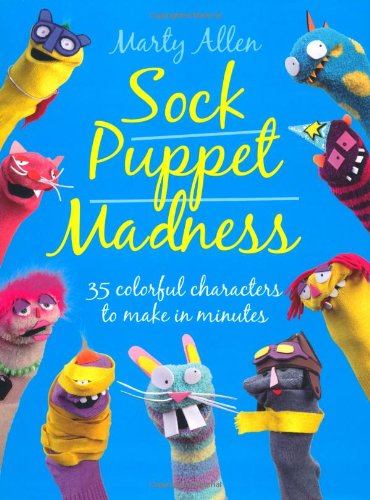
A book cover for Sock Puppet Madness; Marty Allen; Crafts, Hobbies & Home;